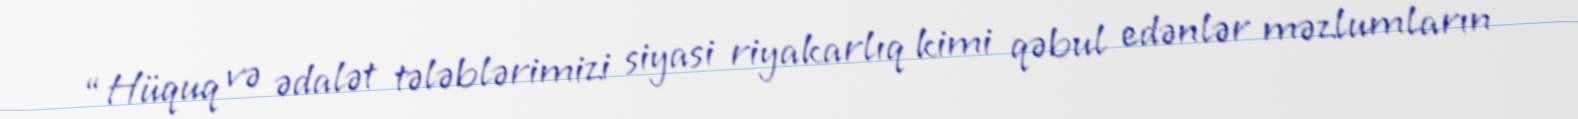
“Hüquq və ədalət tələblərimizi siyasi riyakarlıq kimi qəbul edənlər məzlumların